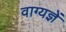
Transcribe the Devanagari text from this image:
वाग्यज्ञें